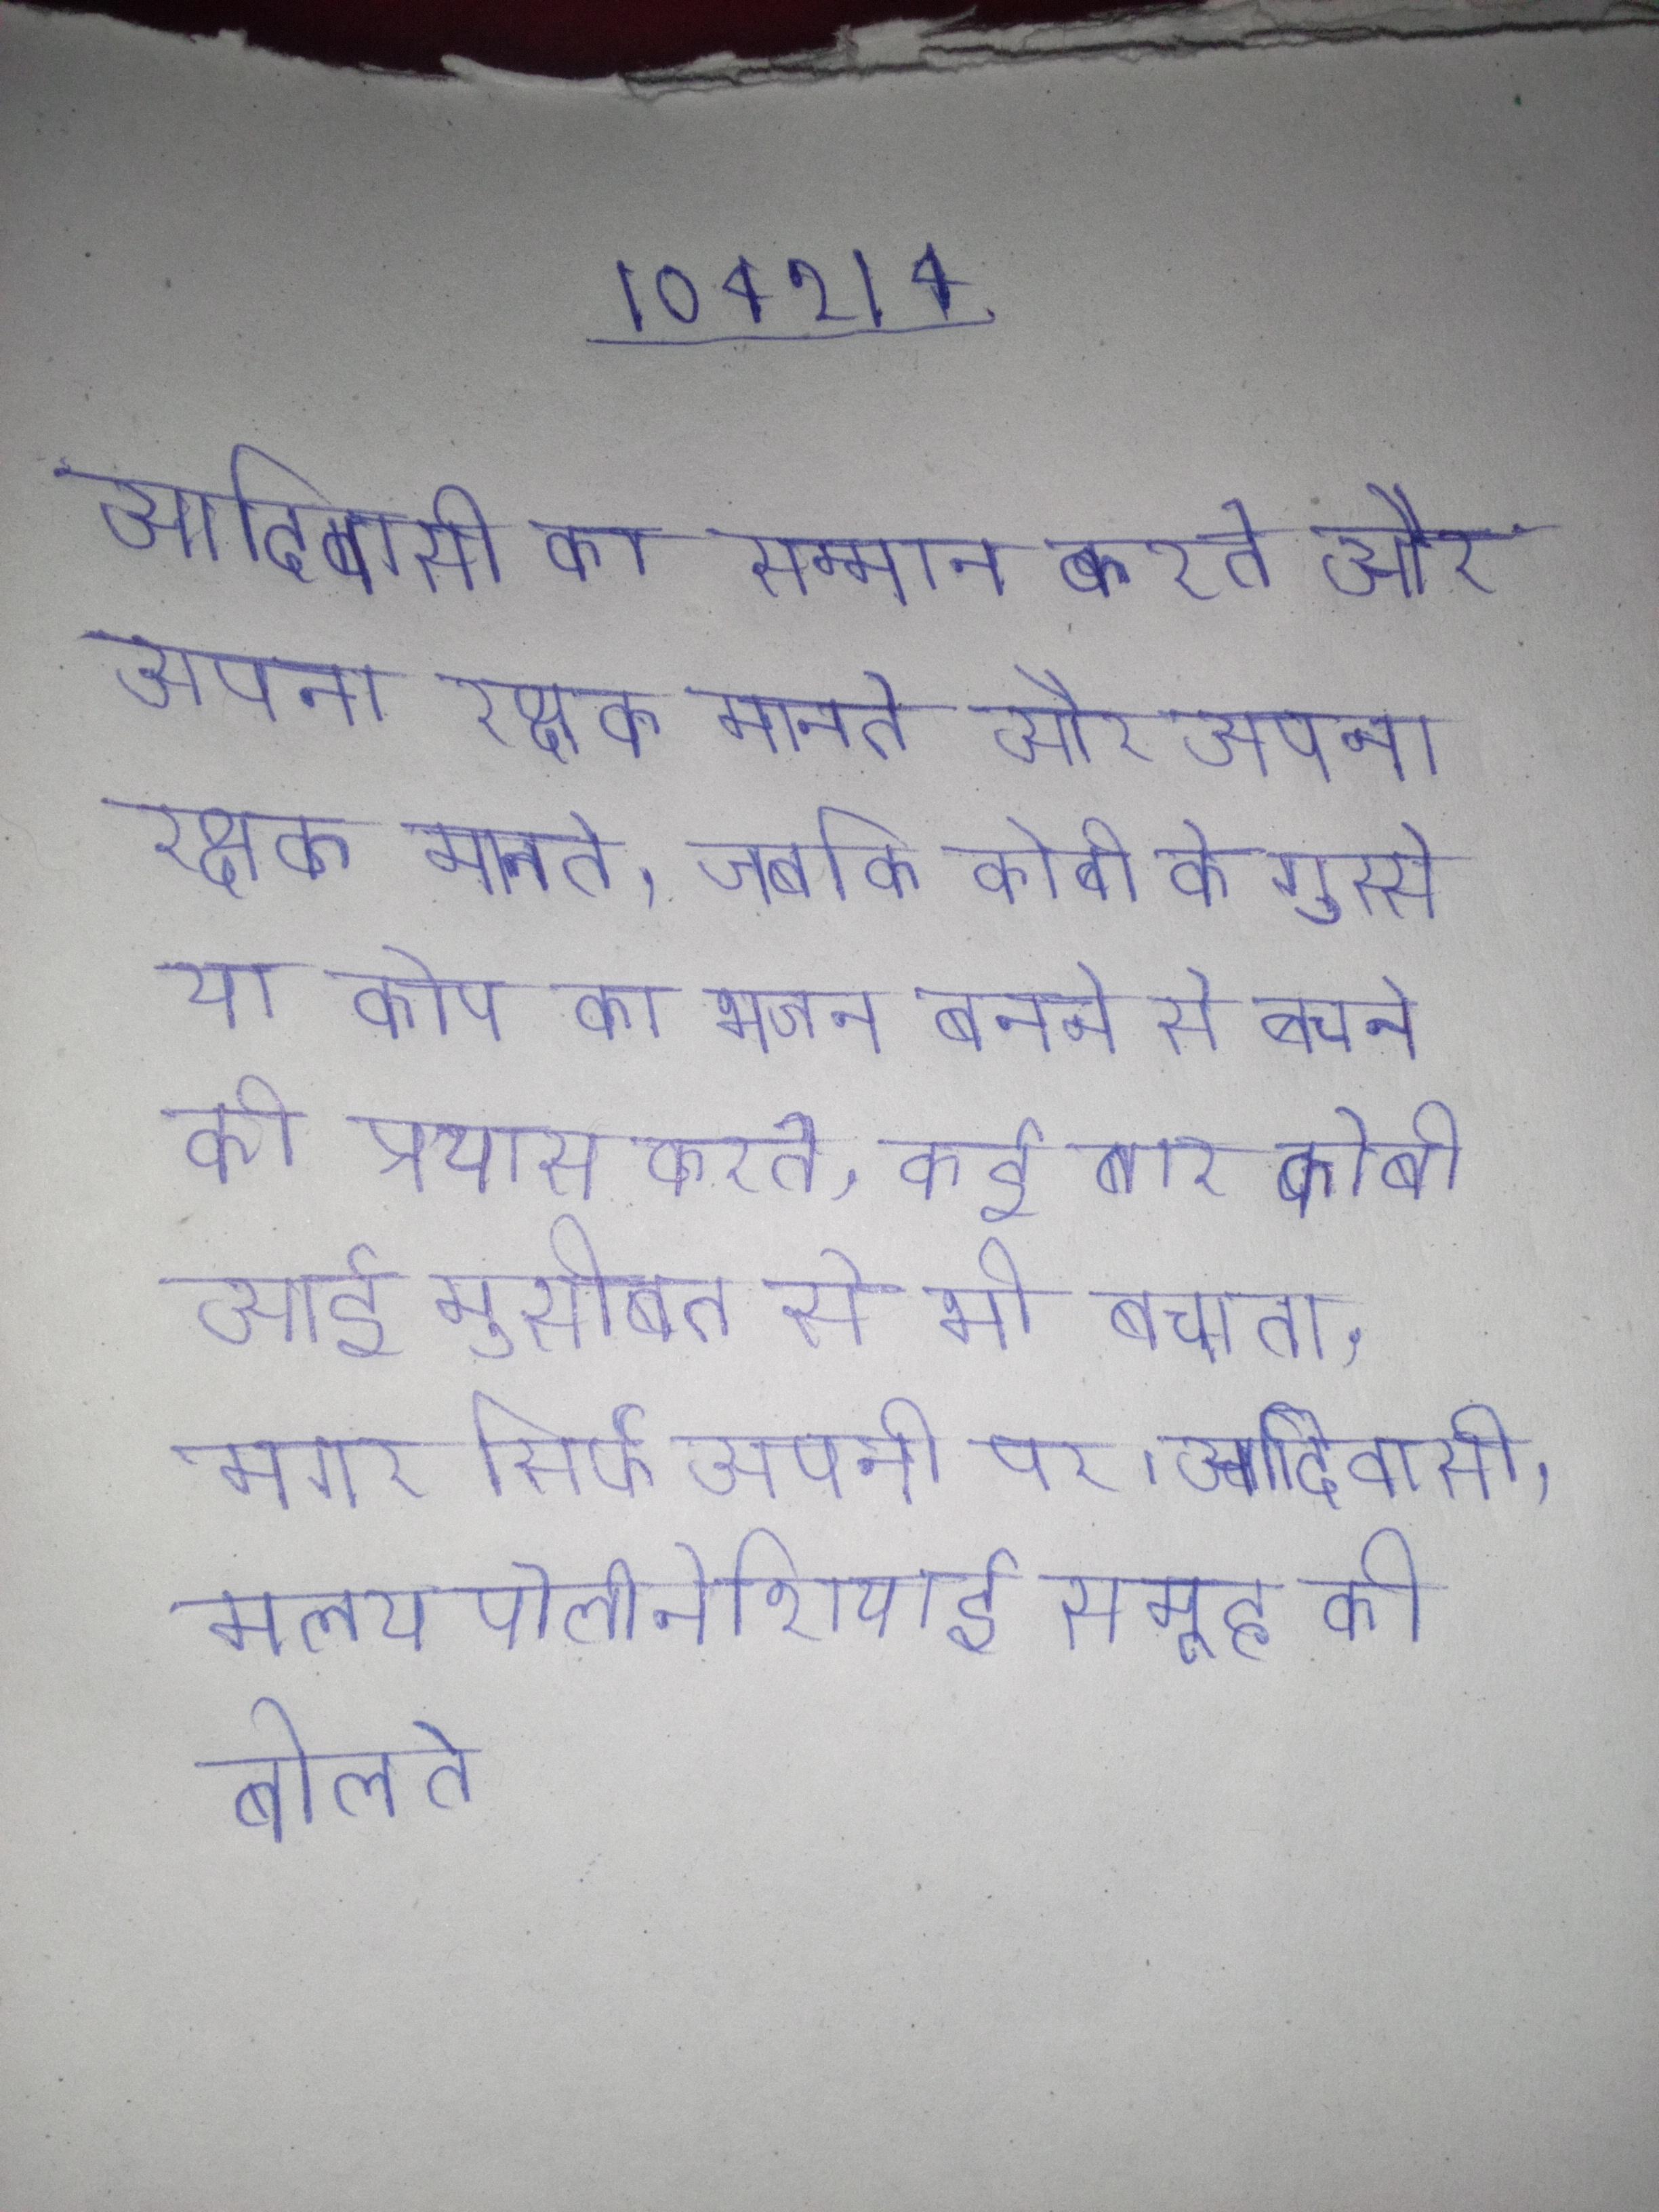
आदिवासी का सम्मान करते और अपना रक्षक मानते, जबकि कोबी के गुस्से या कोप का भाजन बनने से बचने की प्रयास करते, कई बार कोबी आई मुसीबत से भी बचाता, मगर सिर्फ अपनी पर । आदिवासी, मलय पोलीनेशियाई समूह की बोलते ।